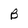
Character: B